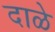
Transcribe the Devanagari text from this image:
दाळे